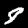
Digit: 8